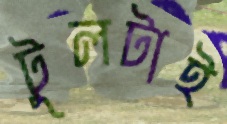
টুলটাই